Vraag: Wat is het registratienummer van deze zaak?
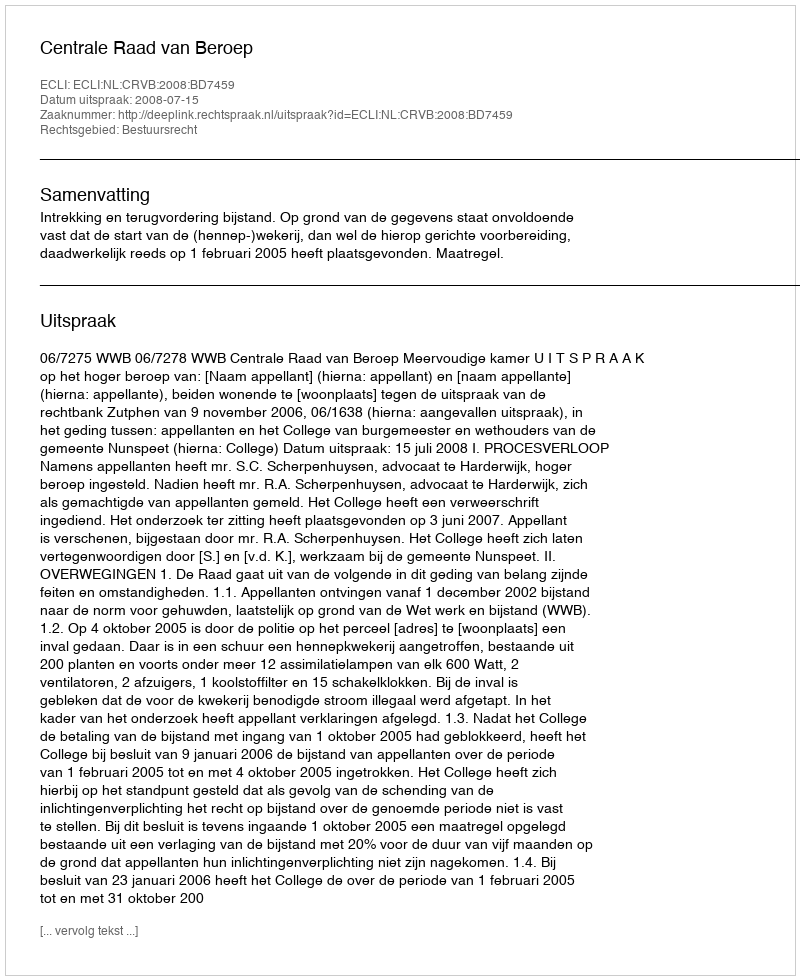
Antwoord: http://deeplink.rechtspraak.nl/uitspraak?id=ECLI:NL:CRVB:2008:BD7459